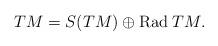
LaTeX: \begin{align*}TM=S(TM)\oplus\mathrm{Rad}\;TM.\end{align*}